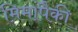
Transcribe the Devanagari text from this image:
मिमांपैकी